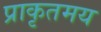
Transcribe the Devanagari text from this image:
प्राकृतमय